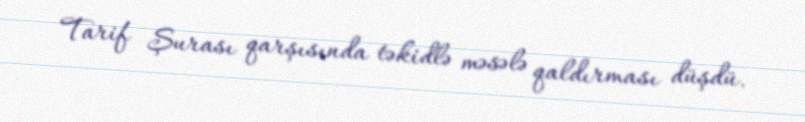
Tarif Şurası qarşısında təkidlə məsələ qaldırması düşdü.